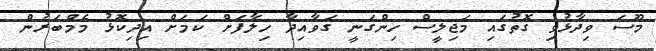
މޫސަ ވިދާޅުވި ގޮތުގައި މަޖިލީސް ހިންގަނީ ގަވާއިދާ ހިލާފަށް ކަމަށް އިދިކޮޅު މެމްބަރުން